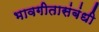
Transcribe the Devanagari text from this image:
भावगीतासंबंधी